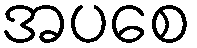
အပစေ